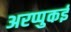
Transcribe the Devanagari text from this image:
अरप्पुकई